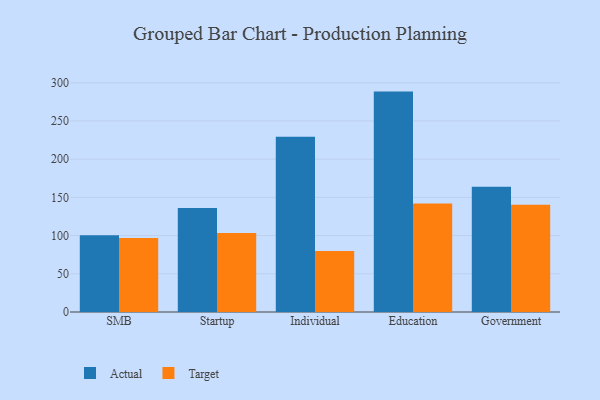
{"axis": {"x": "Segment", "y": "Headcount"}, "legend": ["Actual", "Target"], "data": [{"x": "SMB", "y": 100.3, "type": "Actual"}, {"x": "SMB", "y": 96.8, "type": "Target"}, {"x": "Startup", "y": 136.0, "type": "Actual"}, {"x": "Startup", "y": 103.3, "type": "Target"}, {"x": "Individual", "y": 229.3, "type": "Actual"}, {"x": "Individual", "y": 79.8, "type": "Target"}, {"x": "Education", "y": 288.4, "type": "Actual"}, {"x": "Education", "y": 141.9, "type": "Target"}, {"x": "Government", "y": 163.8, "type": "Actual"}, {"x": "Government", "y": 140.5, "type": "Target"}]}